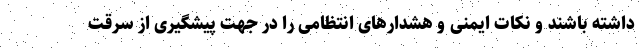
داشته باشند و نکات ایمنی و هشدارهای انتظامی را در جهت پیشگیری از سرقت